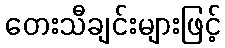
တေးသီချင်းများဖြင့်